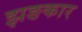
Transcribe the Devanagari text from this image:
झङकार